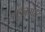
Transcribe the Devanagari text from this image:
सईनपोस्ट